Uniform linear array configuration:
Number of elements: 16
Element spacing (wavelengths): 0.75
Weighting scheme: kaiser
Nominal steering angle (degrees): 0
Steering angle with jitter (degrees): -0.1324
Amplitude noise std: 0.05
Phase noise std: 0.05

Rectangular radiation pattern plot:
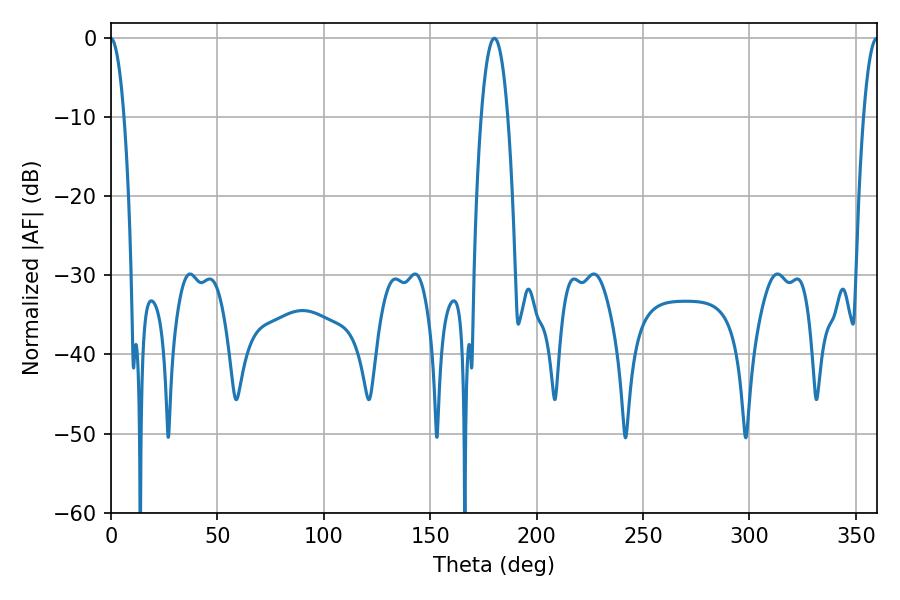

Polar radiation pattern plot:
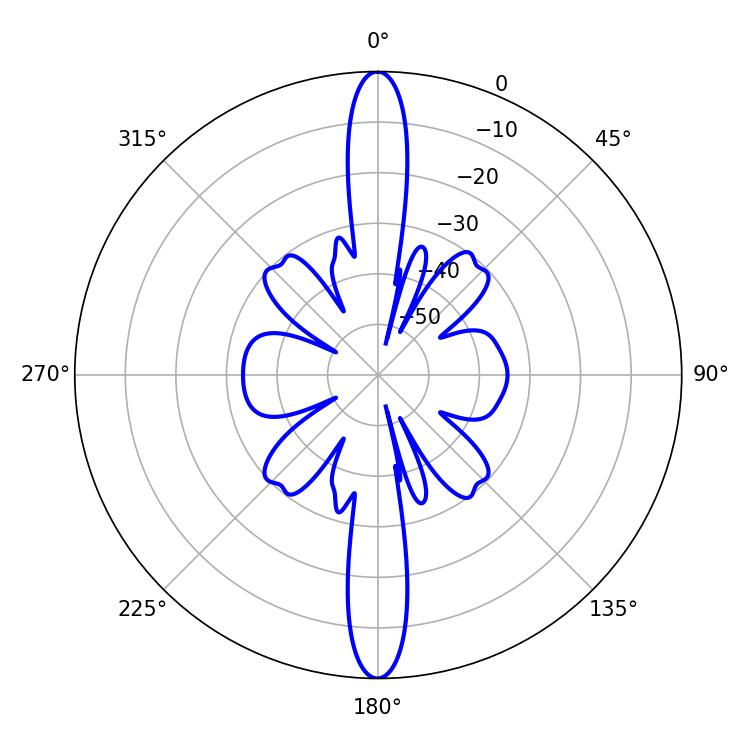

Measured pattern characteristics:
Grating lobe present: TRUE
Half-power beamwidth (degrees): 3.6
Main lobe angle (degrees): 359.82